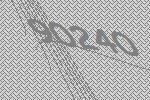
90240